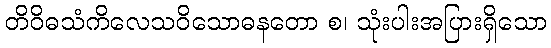
တိဝိဓသံကိလေသဝိသောဓနတော စ၊ သုံးပါးအပြားရှိသော